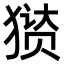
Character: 㺆